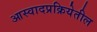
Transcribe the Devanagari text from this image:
आस्वादप्रक्रियेतील